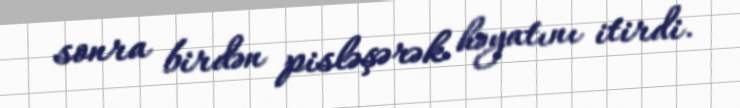
sonra birdən pisləşərək həyatını itirdi.